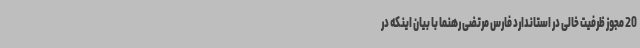
20 مجوز ظرفیت خالی در استاندارد فارس مرتضی رهنما با بیان اینکه در